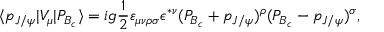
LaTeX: \langle p _ { J / \psi } | V _ { \mu } | P _ { B _ { c } } \rangle = i g { \frac { 1 } { 2 } } \varepsilon _ { \mu \nu \rho \sigma } \epsilon ^ { * \nu } ( P _ { B _ { c } } + p _ { J / \psi } ) ^ { \rho } ( P _ { B _ { c } } - p _ { J / \psi } ) ^ { \sigma } ,